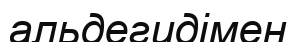
альдегидімен